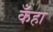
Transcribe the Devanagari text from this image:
कँहा